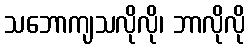
သဘောကျသလိုလို၊ ဘာလိုလို